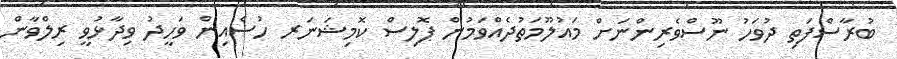
ބުރާސްފަތި ދުވަހު ނޫސްވެރިންނަށް މައުލޫމަތުދެއްވަމުން ޕޮލިސް ކޮމިޝަނަރ ހުސެއިން ވަހީދު ވިދާޅުވީ ރިލްވާން